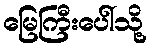
မြေကြီးပေါ်သို့